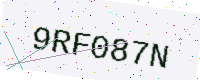
Text: 9RF087N